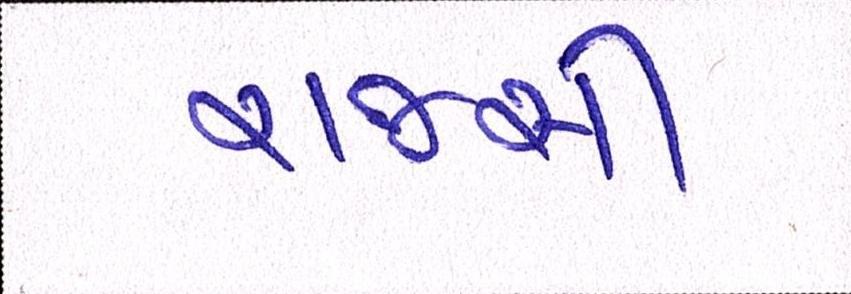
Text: રાજસી